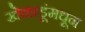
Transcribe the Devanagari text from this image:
खेळाडूंमधून